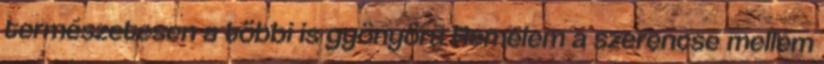
természetesen a többi is gyönyörű Remélem a szerencse mellém